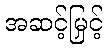
အဆင့်မြှင့်